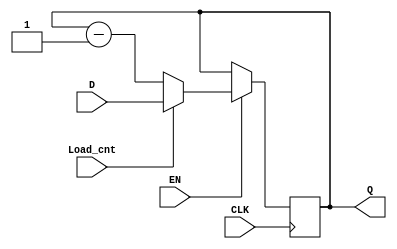
`timescale 1ns / 1ps

module CNT(
        input [3:0] D,
        input EN, CLK, Load_cnt,
        output reg [3:0] Q
    );
    
    always @(posedge CLK)
    begin
        if(EN)
        begin
            if(Load_cnt) Q <= D;
            else Q <= Q - 1'b1;
        end
    end
endmodule